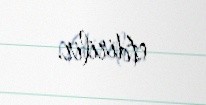
etdirilir.